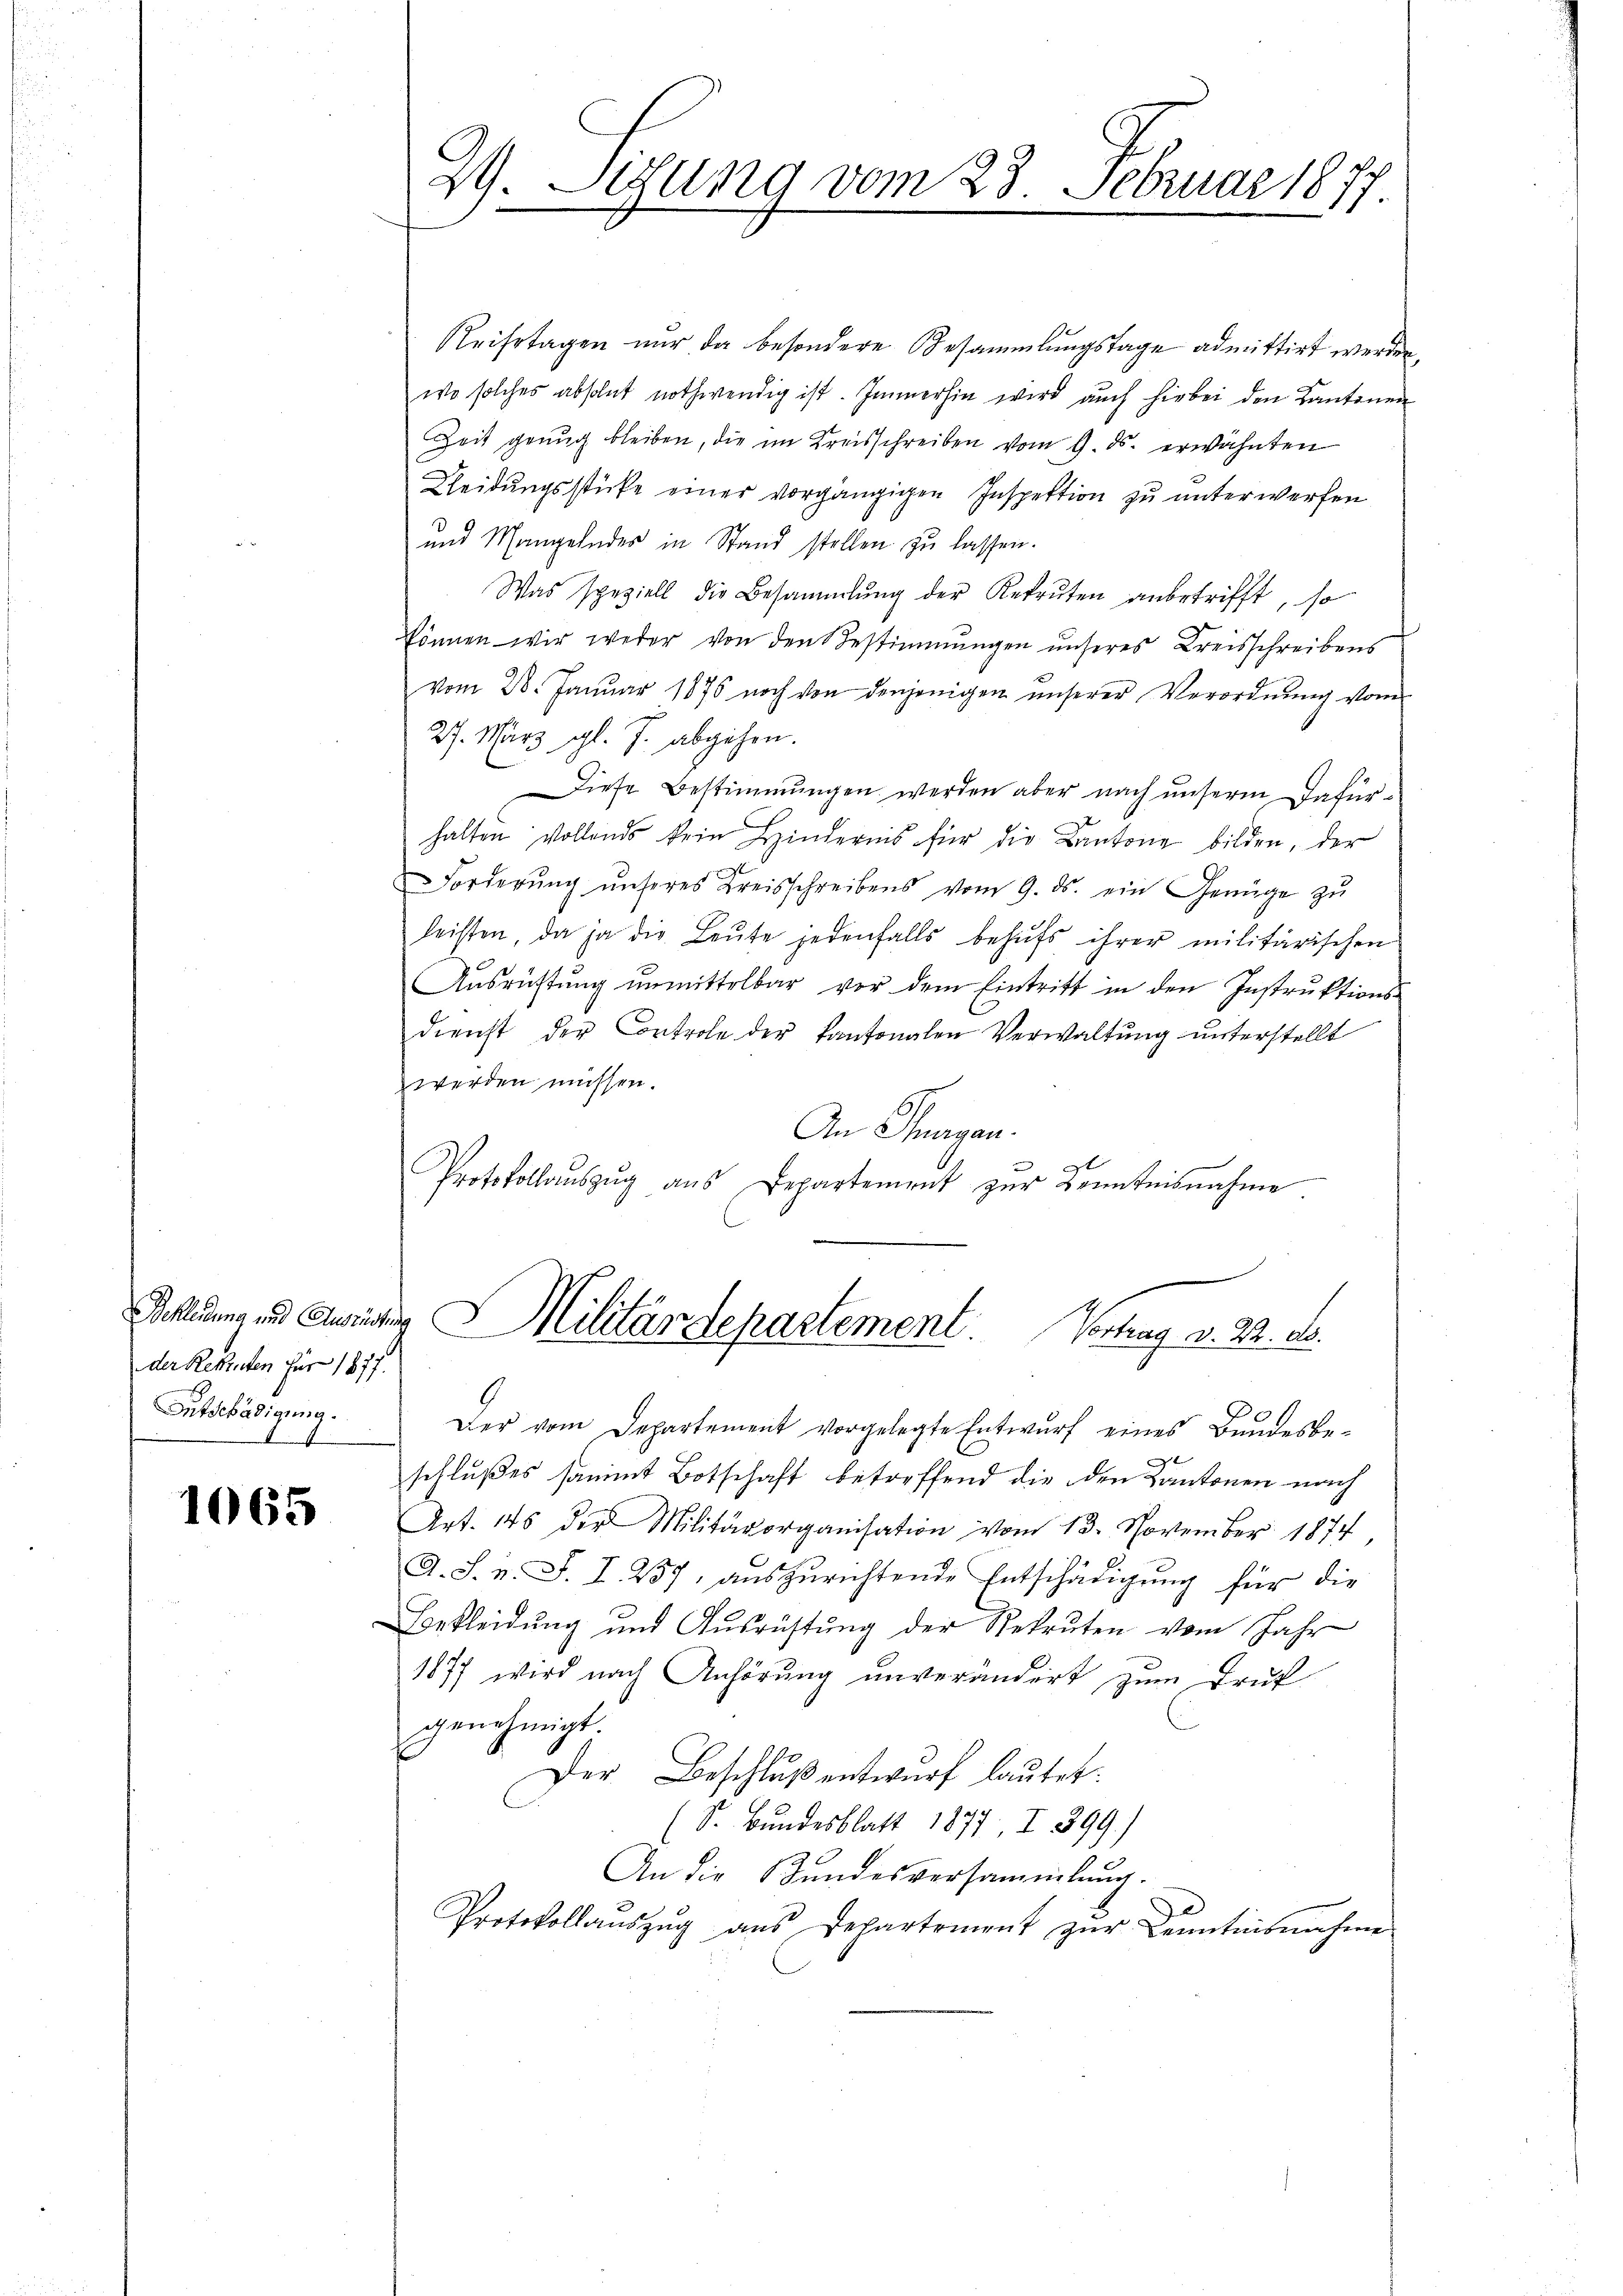
der Rekruten für 1877.
Entschädigung.

1065

29. Sitzung vom 23. Februar 1877

Reisetagen nur da besondere Besammlungstage admittirt werden,
wo solches absolut nothwendig ist. Immerhin wird auch hiebei den Cantonen
Zeit genug bleiben, die im Kreisschreiben vom 9. ds. erwähnten
Kleidungsstüke einer vorgängigen Inspektion zu unterwerfen
und Mangelndes in Stand stellen zu lassen.
Was speziell die Besammlung der Rekruten anbetrifft, so
können wir weder von den Bestimmungen unseres Kreisschreibens
vom 28. Januar 1876 noch von denjenigen unserer Verordnŭng vom
27. März gl. J. abgehen.
Diese Bestimmungen werden aber nach unserm Dafürhalten vollends kein Hindernis für die Kantone bilden, der
Forderŭng ŭnseres Kreisschreibens vom 9. ds. ein Genüge zŭ
leisten, da ja die Leŭte jedenfalls behŭfs ihrer militärischen
Aŭsrüstŭng ŭnmittelbar vor dem Eintritt in den Instrŭktions-
dienst der Controle der Kantonalen Verwaltŭng ŭnterstellt
werden müssen.
An Sagan.
t
Protokollaŭszŭg aŭs Departement zŭr Kenntnisnahme
Achtung und Kritig & Militärdepartement Vertrag v. 22. ds.
Der vom Departement vorgelegte Entwurf eines Bundesbe-
schlußes sammt Botschaft betreffend die den Kantonen nach
Art. 145 der Militärorganisation vom 13. November 1874,
A. S. v. J. I 257, auszurichtende Entschädigung für die
Bekleidung und Ausrichtung der Rekruten vom Jahr
1877 wird nach Anhörung unverändert zum Truf
genehmigt.
Der Beschluß entwurf lautet:
(S. Bundesblatt 1877, I 399.)
An die Bundesversammlung.
2
Protokollaŭszŭg aŭs Departement zŭr Kenntnisnahme